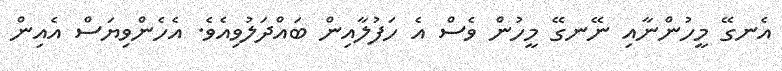
އެނގޭ މީހުންނާއި ނޭނގޭ މީހުން ވެސް އެ ހަފުލާއިން ބައްދަލުވިއެވެ. އެހެންވިޔަސް އެއިން